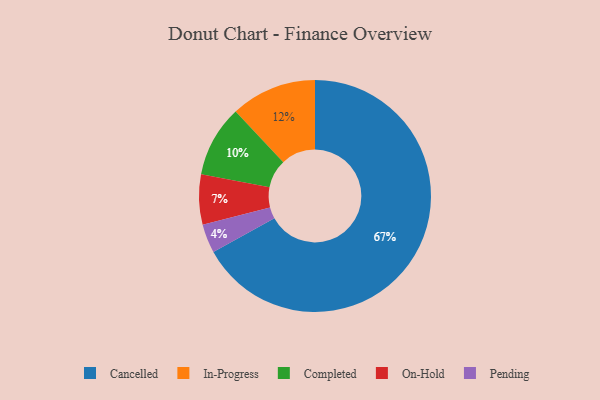
{"axis": {"x": "Category", "y": "Percentage"}, "legend": ["Cancelled", "Completed", "In-Progress", "On-Hold", "Pending"], "data": [{"x": "Cancelled", "y": 67, "type": "Cancelled"}, {"x": "Completed", "y": 10, "type": "Completed"}, {"x": "Pending", "y": 4, "type": "Pending"}, {"x": "On-Hold", "y": 7, "type": "On-Hold"}, {"x": "In-Progress", "y": 12, "type": "In-Progress"}]}